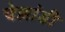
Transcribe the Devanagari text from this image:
चेल्लांडी